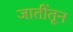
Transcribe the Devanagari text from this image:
जातींतून